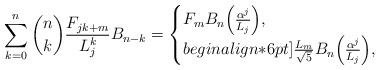
LaTeX: \begin{align*}\sum_{k = 0}^n {\binom nk \frac{F_{jk + m}}{L_j^{k}} B_{n - k} } = \begin{cases}F_m B_n \Big(\frac{\alpha ^j }{L_j}\Big), & \\begin{align*}6pt]\frac{{L_m }}{{\sqrt 5 }}B_n\Big(\frac{\alpha ^j }{L_j}\Big), & \end{cases}\end{align*}